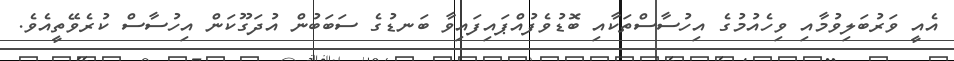
އެއީ ވަރުބަލިވުމާއި ވިހެއުމުގެ އިހުސާސްތަކާއި ބޮޑުވެފުއްޕައިފައިވާ ބަނޑުގެ ސަބަބުން އުދަގޫކަން އިހުސާސް ކުރެވޭތީއެވެ.